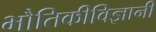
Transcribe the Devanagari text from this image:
भौतिकीविज्ञानी